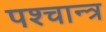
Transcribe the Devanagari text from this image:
पश्चान्त्र